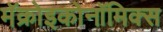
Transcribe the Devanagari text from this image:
मॅक्रोइकोनॉमिक्स